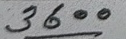
3600